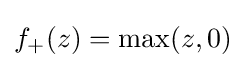
f_{+}(z)=\max(z,0)